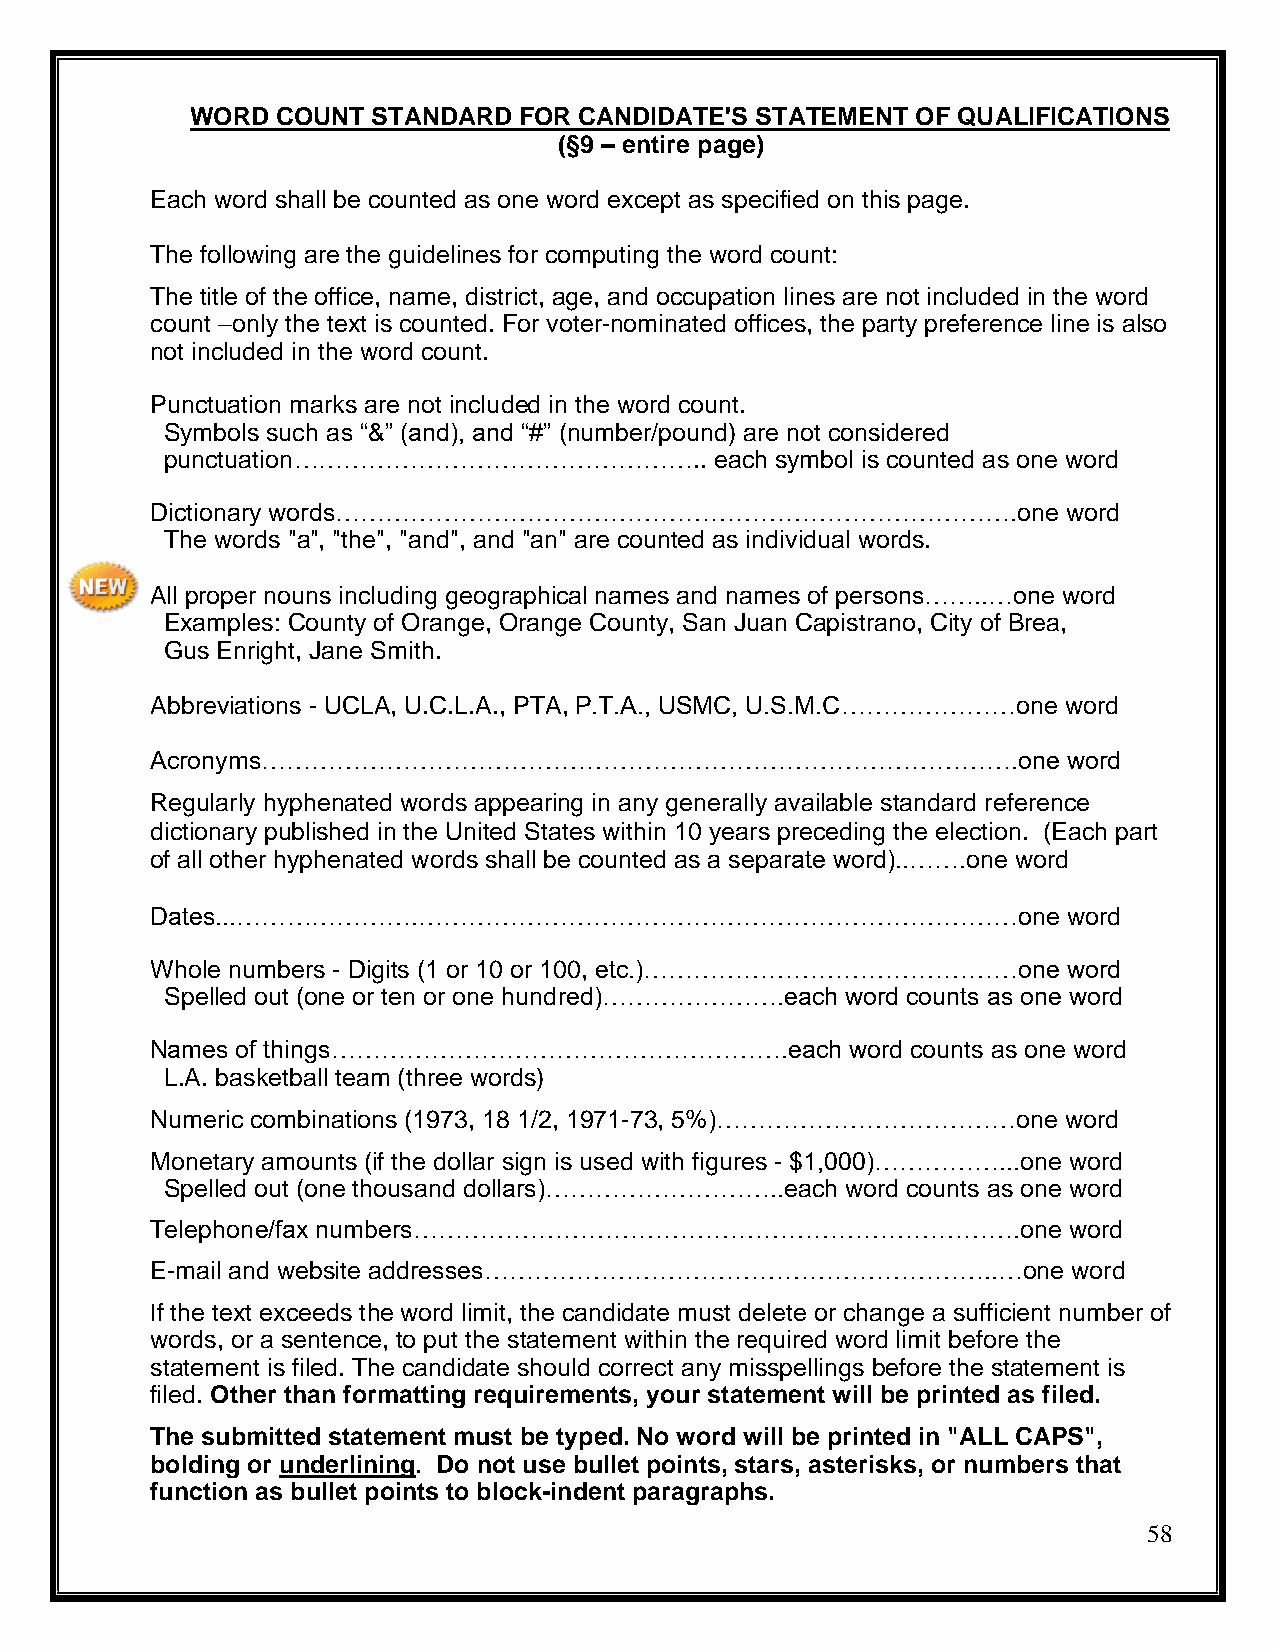
WORD COUNT  STANDARD FOR CANDIDATE'S STATEMENT  OF QUALIFICATIONS
 (§9 – entire page)
 Each word shall be counted as one word except as specified on this page.
 The following are the guidelines for computing the word count:
 The title of the office, name, district, age, and occupation lines are not included in the word
 count –only the text is counted. For voter-nominated offices, the party preference line is also
 not included in the word count.
 Punctuation marks are not included in the word count.
 Symbols such as “&” (and), and “#” (number/pound) are not considered
 punctuation…………………………………………..       each symbol is counted as one word
 Dictionary words……………………………………………………………………….one              word
 The words "a", "the", "and", and "an" are counted as individual words.
 All proper nouns including geographical names and names of persons……..…one word
 Examples: County of Orange, Orange County, San Juan Capistrano, City of Brea,
 Gus Enright, Jane Smith.
 Abbreviations - UCLA, U.C.L.A., PTA, P.T.A., USMC, U.S.M.C…………………one word
 Acronyms……………………………………………………………………………….one                   word
 Regularly hyphenated words appearing in any generally available standard reference
 dictionary published in the United States within 10 years preceding the election. (Each part
 of all other hyphenated words shall be counted as a separate word)..…….one word
 Dates...………………….………………………………………………………………one                  word
 Whole numbers - Digits (1 or 10 or 100, etc.)………………………………………one word
 Spelled out (one or ten or one hundred)………………….each word counts as one word
 Names of things……………………………………………….each        word counts as one word
 L.A. basketball team (three words)
 Numeric combinations (1973, 18 1/2, 1971-73, 5%)………………………………one word
 Monetary amounts (if the dollar sign is used with figures - $1,000)……………...one word
 Spelled out (one thousand dollars)………………………..each word counts as one word
 Telephone/fax numbers……………………………………………………………….one            word
 E-mail and website addresses……………………………………………………..…one       word
 If the text exceeds the word limit, the candidate must delete or change a sufficient number of
 words, or a sentence, to put the statement within the required word limit before the
 statement is filed. The candidate should correct any misspellings before the statement is
 filed. Other than formatting requirements, your statement will be printed as filed.
 The submitted statement must be typed. No word will be printed in "ALL CAPS",
 bolding or underlining. Do not use bullet points, stars, asterisks, or numbers that
 function as bullet points to block-indent paragraphs.
 58